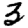
Digit: 3